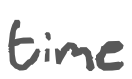
Text: time
Cross-out: clean
Writing tool: digital_gray